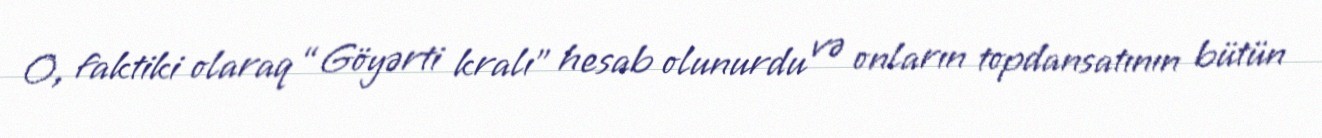
O, faktiki olaraq “Göyərti kralı” hesab olunurdu və onların topdansatının bütün